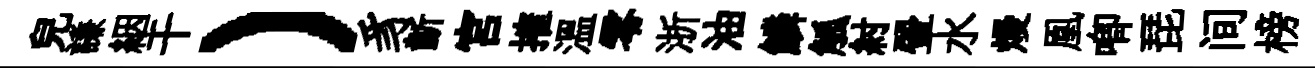
兒謙絪干）豸齗宫搉温零浙油鱗觚紂翬水熳凰唧琵间榜